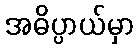
အဓိပ္ပာယ်မှာ